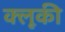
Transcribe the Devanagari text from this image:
क्लूकी